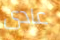
عادى